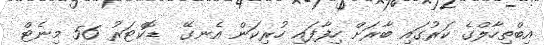
އިބްތިހާލްގެ ކަރުގައި ބާރަށް ހިފާފައި ހުރިކަން އެނގޭ  ޑޮކްޓަރު 56 މިނެޓް